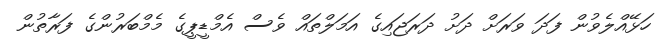
ހަޅޭއްލެވުން ފަދަ ވަރަށް ދަށު ދަރަޖައިގެ އަމަލްތައް ވެސް އެމްޑީޕީގެ މެމްބަރުންގެ ފަރާތުން